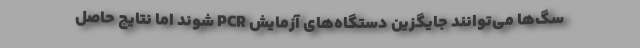
سگ‌ها می‌توانند جایگزین دستگاه‌های آزمایش PCR شوند اما نتایج حاصل